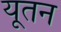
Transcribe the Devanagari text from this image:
यूतन